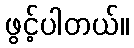
ဖွင့်ပါတယ်။